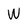
Character: W